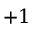
+ 1